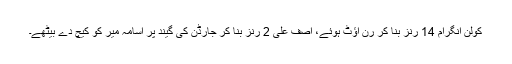
کولن انگرام 14 رنز بنا کر رن آؤٹ ہوئے، آصف علی 2 رنز بنا کر جارڈن کی گیند پر اسامہ میر کو کیچ دے بیٹھے۔